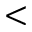
<